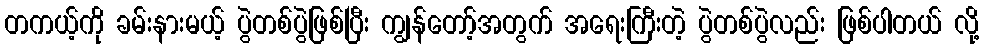
တကယ့်ကို ခမ်းနားမယ့် ပွဲတစ်ပွဲဖြစ်ပြီး ကျွန်တော့်အတွက် အရေးကြီးတဲ့ ပွဲတစ်ပွဲလည်း ဖြစ်ပါတယ် လို့